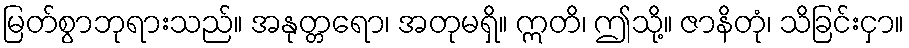
မြတ်စွာဘုရားသည်။ အနုတ္တရော၊ အတုမရှိ။ ဣတိ၊ ဤသို့။ ဇာနိတုံ၊ သိခြင်းငှာ။